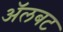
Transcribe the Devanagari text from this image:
अॅलबट